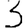
Digit: 3